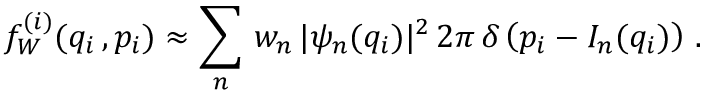
f _ { W } ^ { ( i ) } ( q _ { i } \, , p _ { i } ) \approx \sum _ { n } ^ { } \, w _ { n } \, | \psi _ { n } ( q _ { i } ) | ^ { 2 } \, 2 \pi \, \delta \left( p _ { i } - I _ { n } ( q _ { i } ) \right) \, .